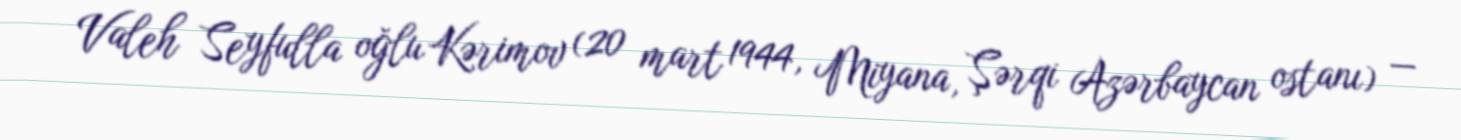
Valeh Seyfulla oğlu Kərimov (20 mart 1944, Miyana, Şərqi Azərbaycan ostanı) —